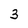
Character: 3